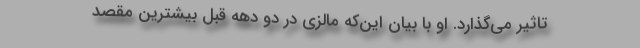
تاثیر می‌گذارد. او با بیان این‌که مالزی در دو دهه قبل بیشترین مقصد